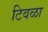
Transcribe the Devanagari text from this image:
टिवळा